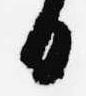
日